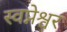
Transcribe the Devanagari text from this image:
स्वप्नेश्वर